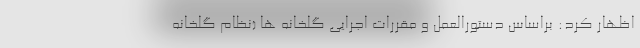
اظهار کرد: براساس دستورالعمل و مقررات اجرایی گلخانه ها (نظام گلخانه